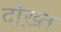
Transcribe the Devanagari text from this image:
दोख़्त